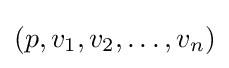
(p,v_{1},v_{2},\dots ,v_{n})